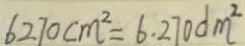
6 2 7 0 c m ^ { 2 } = 6 . 2 7 0 d m ^ { 2 }